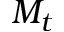
M _ { t }